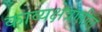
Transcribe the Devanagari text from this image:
काव्यक्षेत्रातील